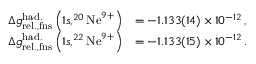
\begin{array} { r l } { \Delta g _ { \mathrm { r e l . , f n s } } ^ { \mathrm { h a d . } } \left( 1 s , ^ { 2 0 } \mathrm { N e } ^ { 9 + } \right) } & { = - 1 . 1 3 3 ( 1 4 ) \times 1 0 ^ { - 1 2 } \, , } \\ { \Delta g _ { \mathrm { r e l . , f n s } } ^ { \mathrm { h a d . } } \left( 1 s , ^ { 2 2 } \mathrm { N e } ^ { 9 + } \right) } & { = - 1 . 1 3 3 ( 1 5 ) \times 1 0 ^ { - 1 2 } \, . } \end{array}